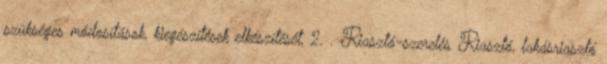
szükséges módosítások, kiegészítések elkészítését, 2. . Riasztó-szerelés Riasztó, lakásriasztó